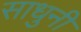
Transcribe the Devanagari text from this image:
साधुनी